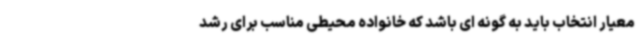
معیار انتخاب باید به گونه ای باشد که خانواده محیطی مناسب برای رشد